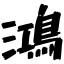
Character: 鴻